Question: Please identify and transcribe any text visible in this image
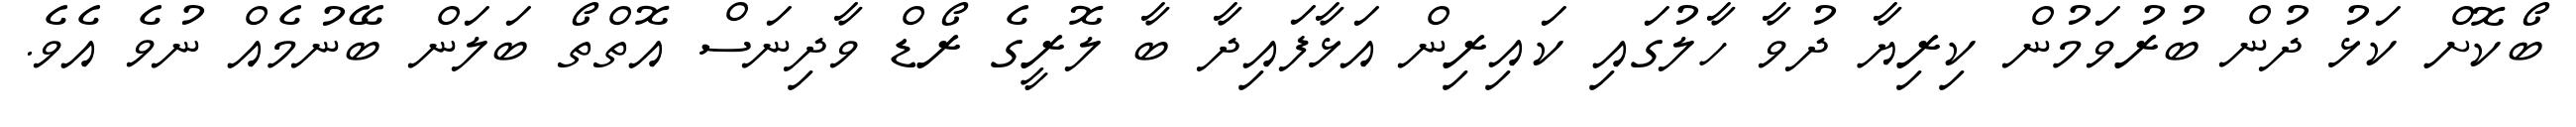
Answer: ބޯކޮށް ކަޅު ދުން ބުރުވަމުން ކިރިޔާ ދުވާ ހާލުގައި ކައިރިން އަޅާފައިދާ ބާ ލޮރީގެ ރޯޑް ވާދިނަސް އޮތްތޯ ބަލަން ބޭނުމެއް ނުވެ އެވެ.